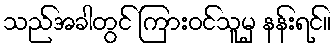
သည်အခါတွင် ကြားဝင်သူမှ နန်းရင်။